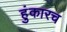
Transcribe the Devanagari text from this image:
हुंकारच